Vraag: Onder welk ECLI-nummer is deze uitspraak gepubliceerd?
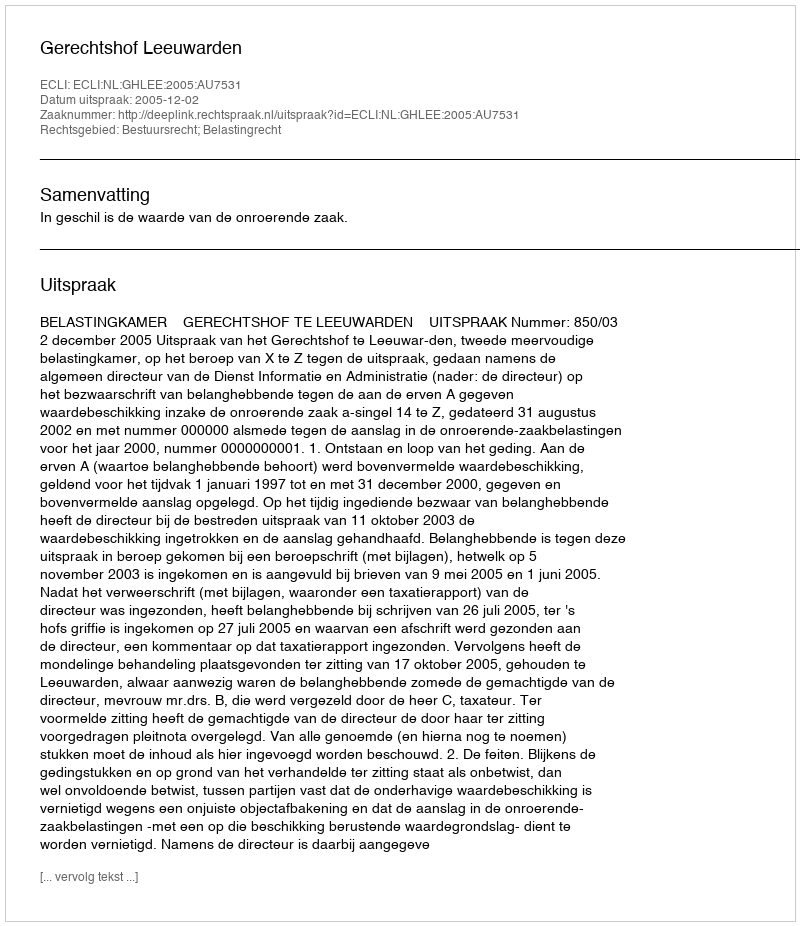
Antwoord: ECLI:NL:GHLEE:2005:AU7531